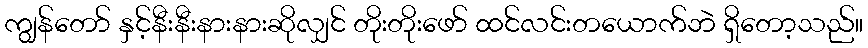
ကျွန်တော် နှင့်နီးနီးနားနားဆိုလျှင် တိုးတိုးဖော် ထင်လင်းတယောက်ဘဲ ရှိတော့သည်။